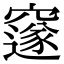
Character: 邃